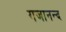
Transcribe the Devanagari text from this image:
गजानन्द